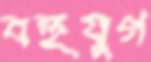
বহুযুগ